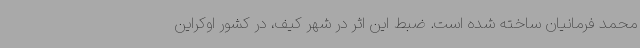
محمد فرمانیان ساخته شده است. ضبط این اثر در شهر کیف، در کشور اوکراین